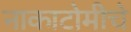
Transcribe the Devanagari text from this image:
नाकाटोमीचे